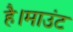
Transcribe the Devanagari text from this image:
है।माउंट